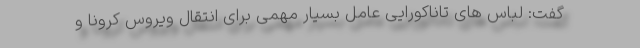
گفت: لباس های تاناکورایی عامل بسیار مهمی برای انتقال ویروس کرونا و